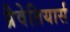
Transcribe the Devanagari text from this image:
प्रैवेतियार्स